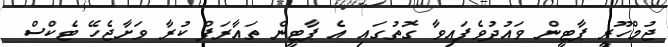
ޖުމްހޫރީ ޕާޓީން ވައުދުވެފައިވާ ގޮތުގައި އެ ޕާޓީން ތައާރަފް ކުރާ ވަށާޖެހޭ ޓެކްސް